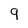
Character: 9